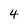
Character: 4